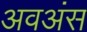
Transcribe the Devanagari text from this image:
अवअंस